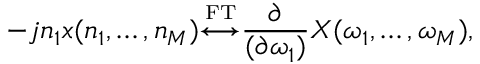
- j n _ { 1 } x ( n _ { 1 } , \ldots , n _ { M } ) { \overset { \underset { \mathrm { F T } } { } } { \longleftrightarrow } } { \frac { \partial } { ( \partial \omega _ { 1 } ) } } X ( \omega _ { 1 } , \ldots , \omega _ { M } ) ,